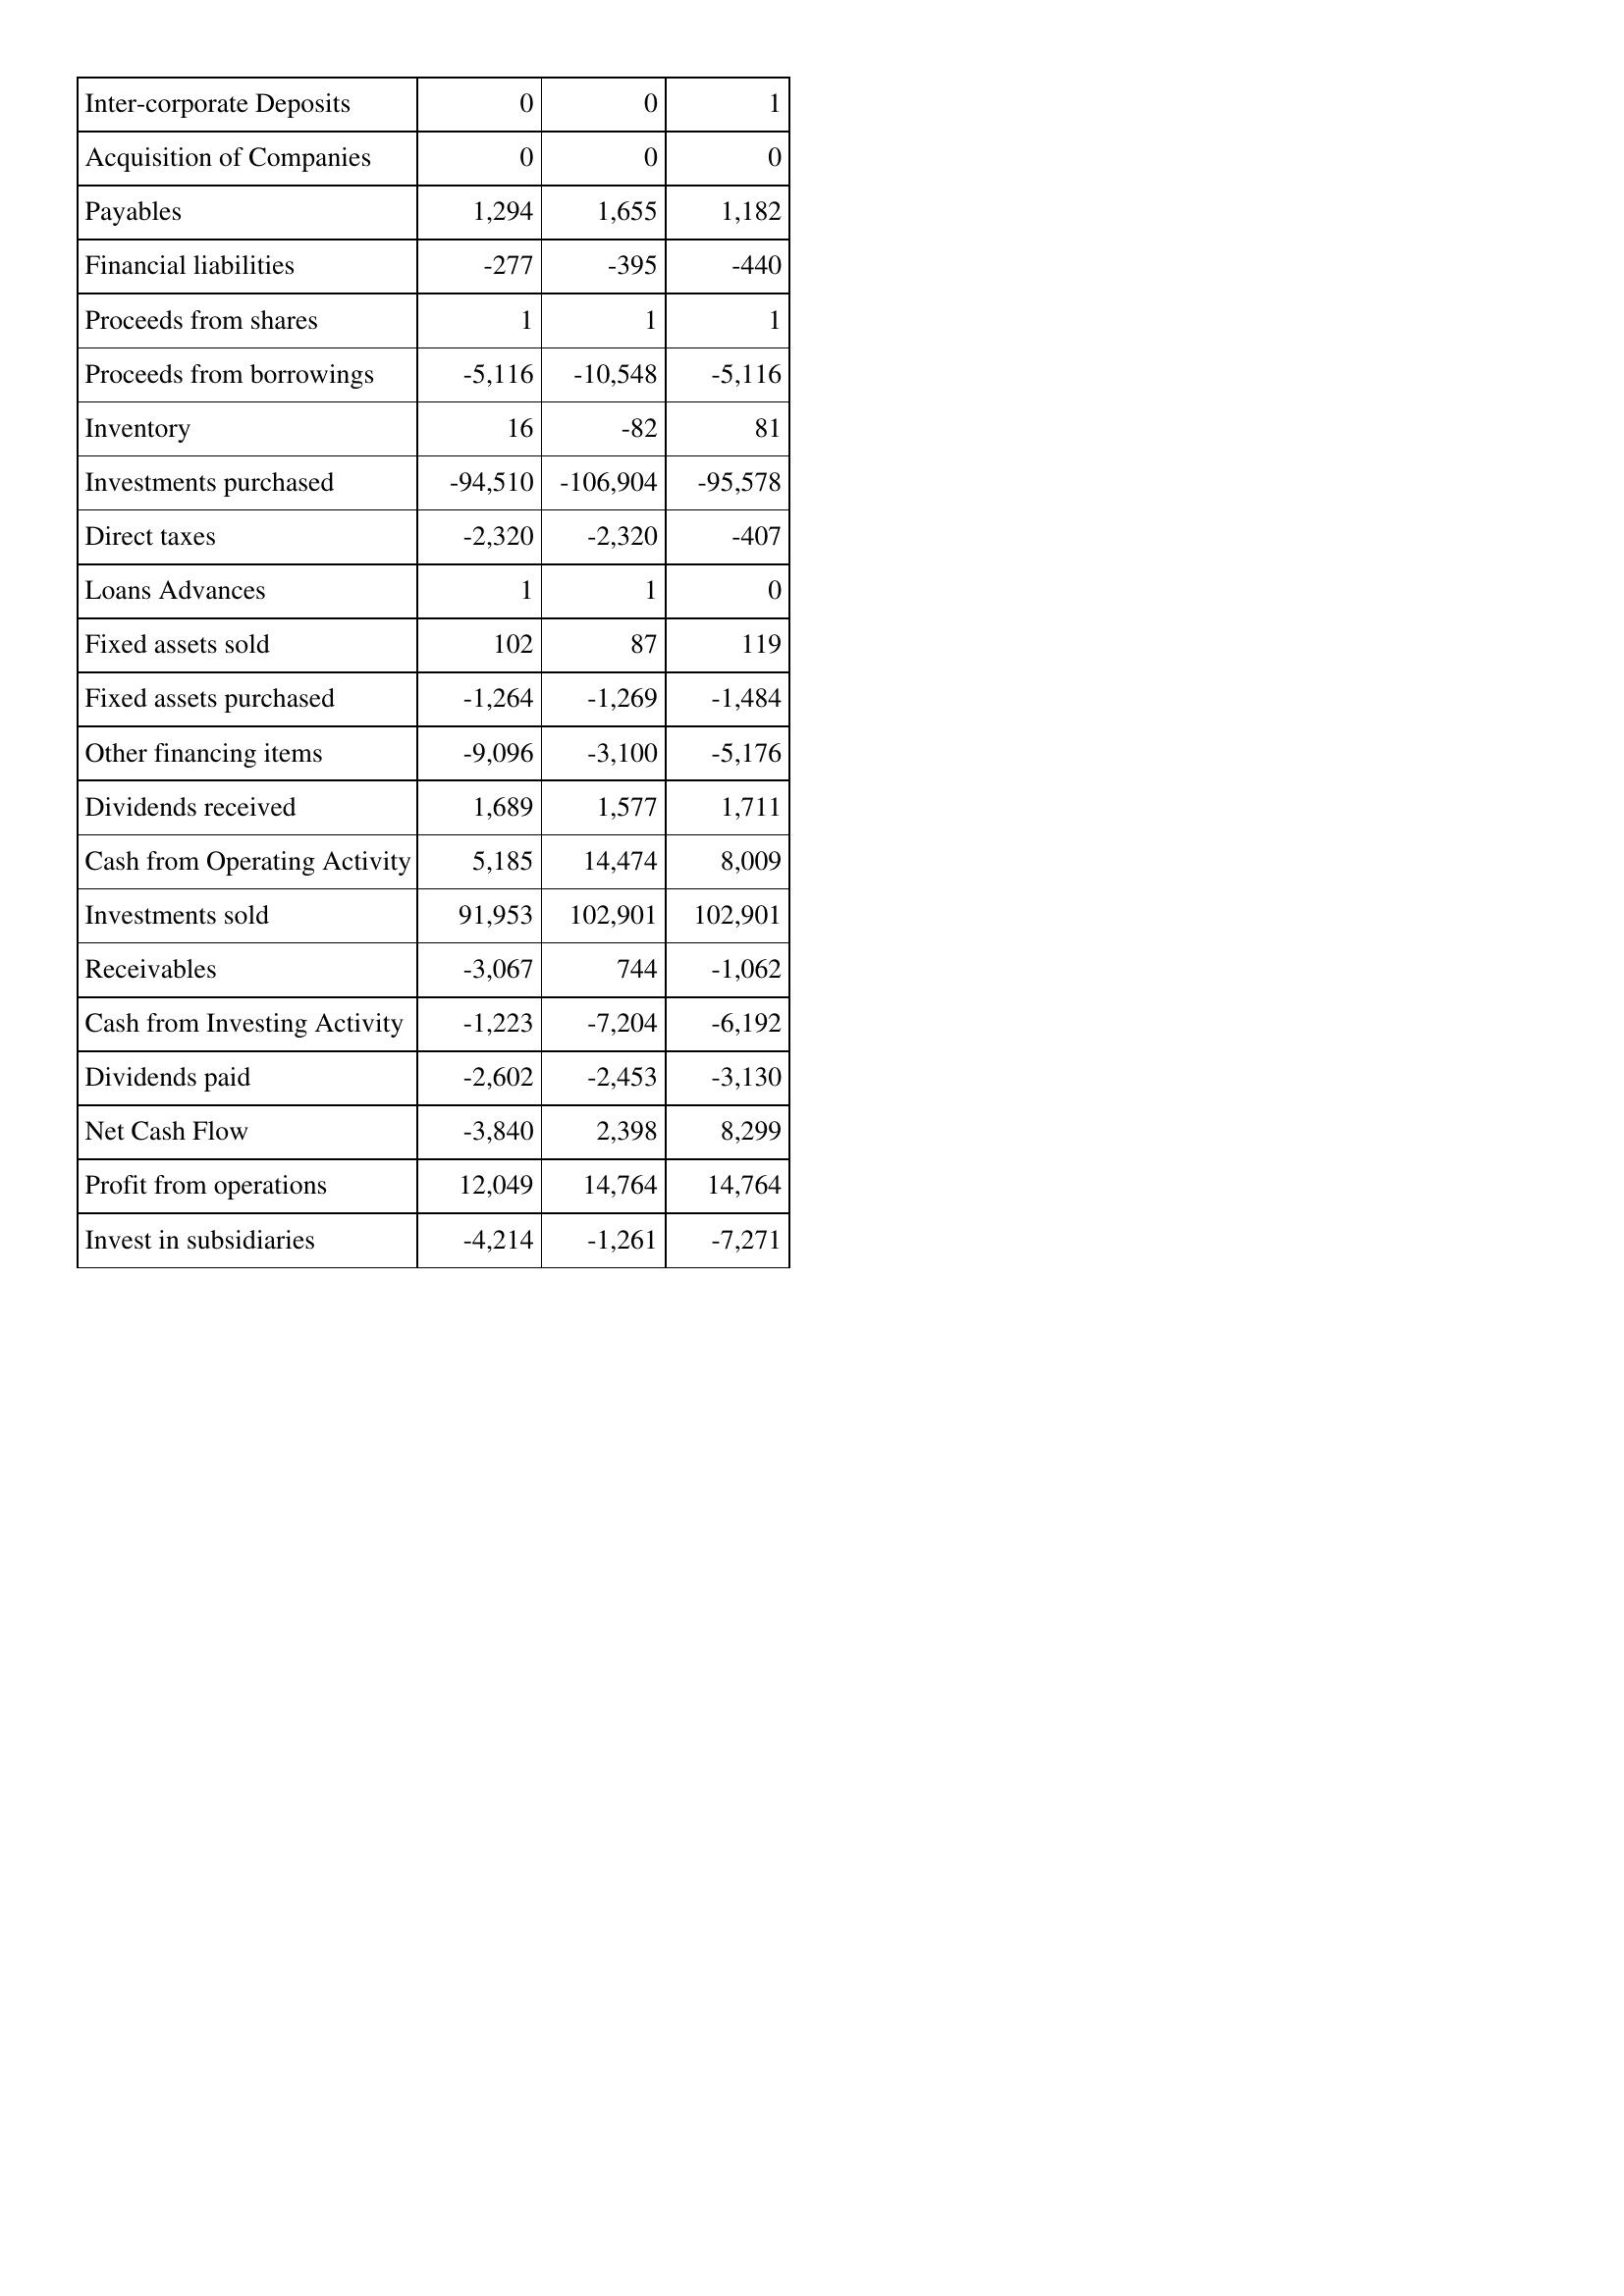
Oct-15: Cash Flows: Inter-corporate Deposits: 0
Acquisition of Companies: 0
Payables: 1,294
Financial liabilities: -277
Proceeds from shares: 1
Proceeds from borrowings: -5,116
Inventory: 16
Investments purchased: -94,510
Direct taxes: -2,320
Loans Advances: 1
Fixed assets sold: 102
Fixed assets purchased: -1,264
Other financing items: -9,096
Dividends received: 1,689
Cash from Operating Activity: 5,185
Investments sold: 91,953
Receivables: -3,067
Cash from Investing Activity: -1,223
Dividends paid: -2,602
Net Cash Flow: -3,840
Profit from operations: 12,049
Invest in subsidiaries: -4,214
Oct-14: Cash Flows: Inter-corporate Deposits: 0
Acquisition of Companies: 0
Payables: 1,655
Financial liabilities: -395
Proceeds from shares: 1
Proceeds from borrowings: -10,548
Inventory: -82
Investments purchased: -106,904
Direct taxes: -2,320
Loans Advances: 1
Fixed assets sold: 87
Fixed assets purchased: -1,269
Other financing items: -3,100
Dividends received: 1,577
Cash from Operating Activity: 14,474
Investments sold: 102,901
Receivables: 744
Cash from Investing Activity: -7,204
Dividends paid: -2,453
Net Cash Flow: 2,398
Profit from operations: 14,764
Invest in subsidiaries: -1,261
Oct-13: Cash Flows: Inter-corporate Deposits: 1
Acquisition of Companies: 0
Payables: 1,182
Financial liabilities: -440
Proceeds from shares: 1
Proceeds from borrowings: -5,116
Inventory: 81
Investments purchased: -95,578
Direct taxes: -407
Loans Advances: 0
Fixed assets sold: 119
Fixed assets purchased: -1,484
Other financing items: -5,176
Dividends received: 1,711
Cash from Operating Activity: 8,009
Investments sold: 102,901
Receivables: -1,062
Cash from Investing Activity: -6,192
Dividends paid: -3,130
Net Cash Flow: 8,299
Profit from operations: 14,764
Invest in subsidiaries: -7,271